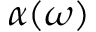
\alpha ( \omega )